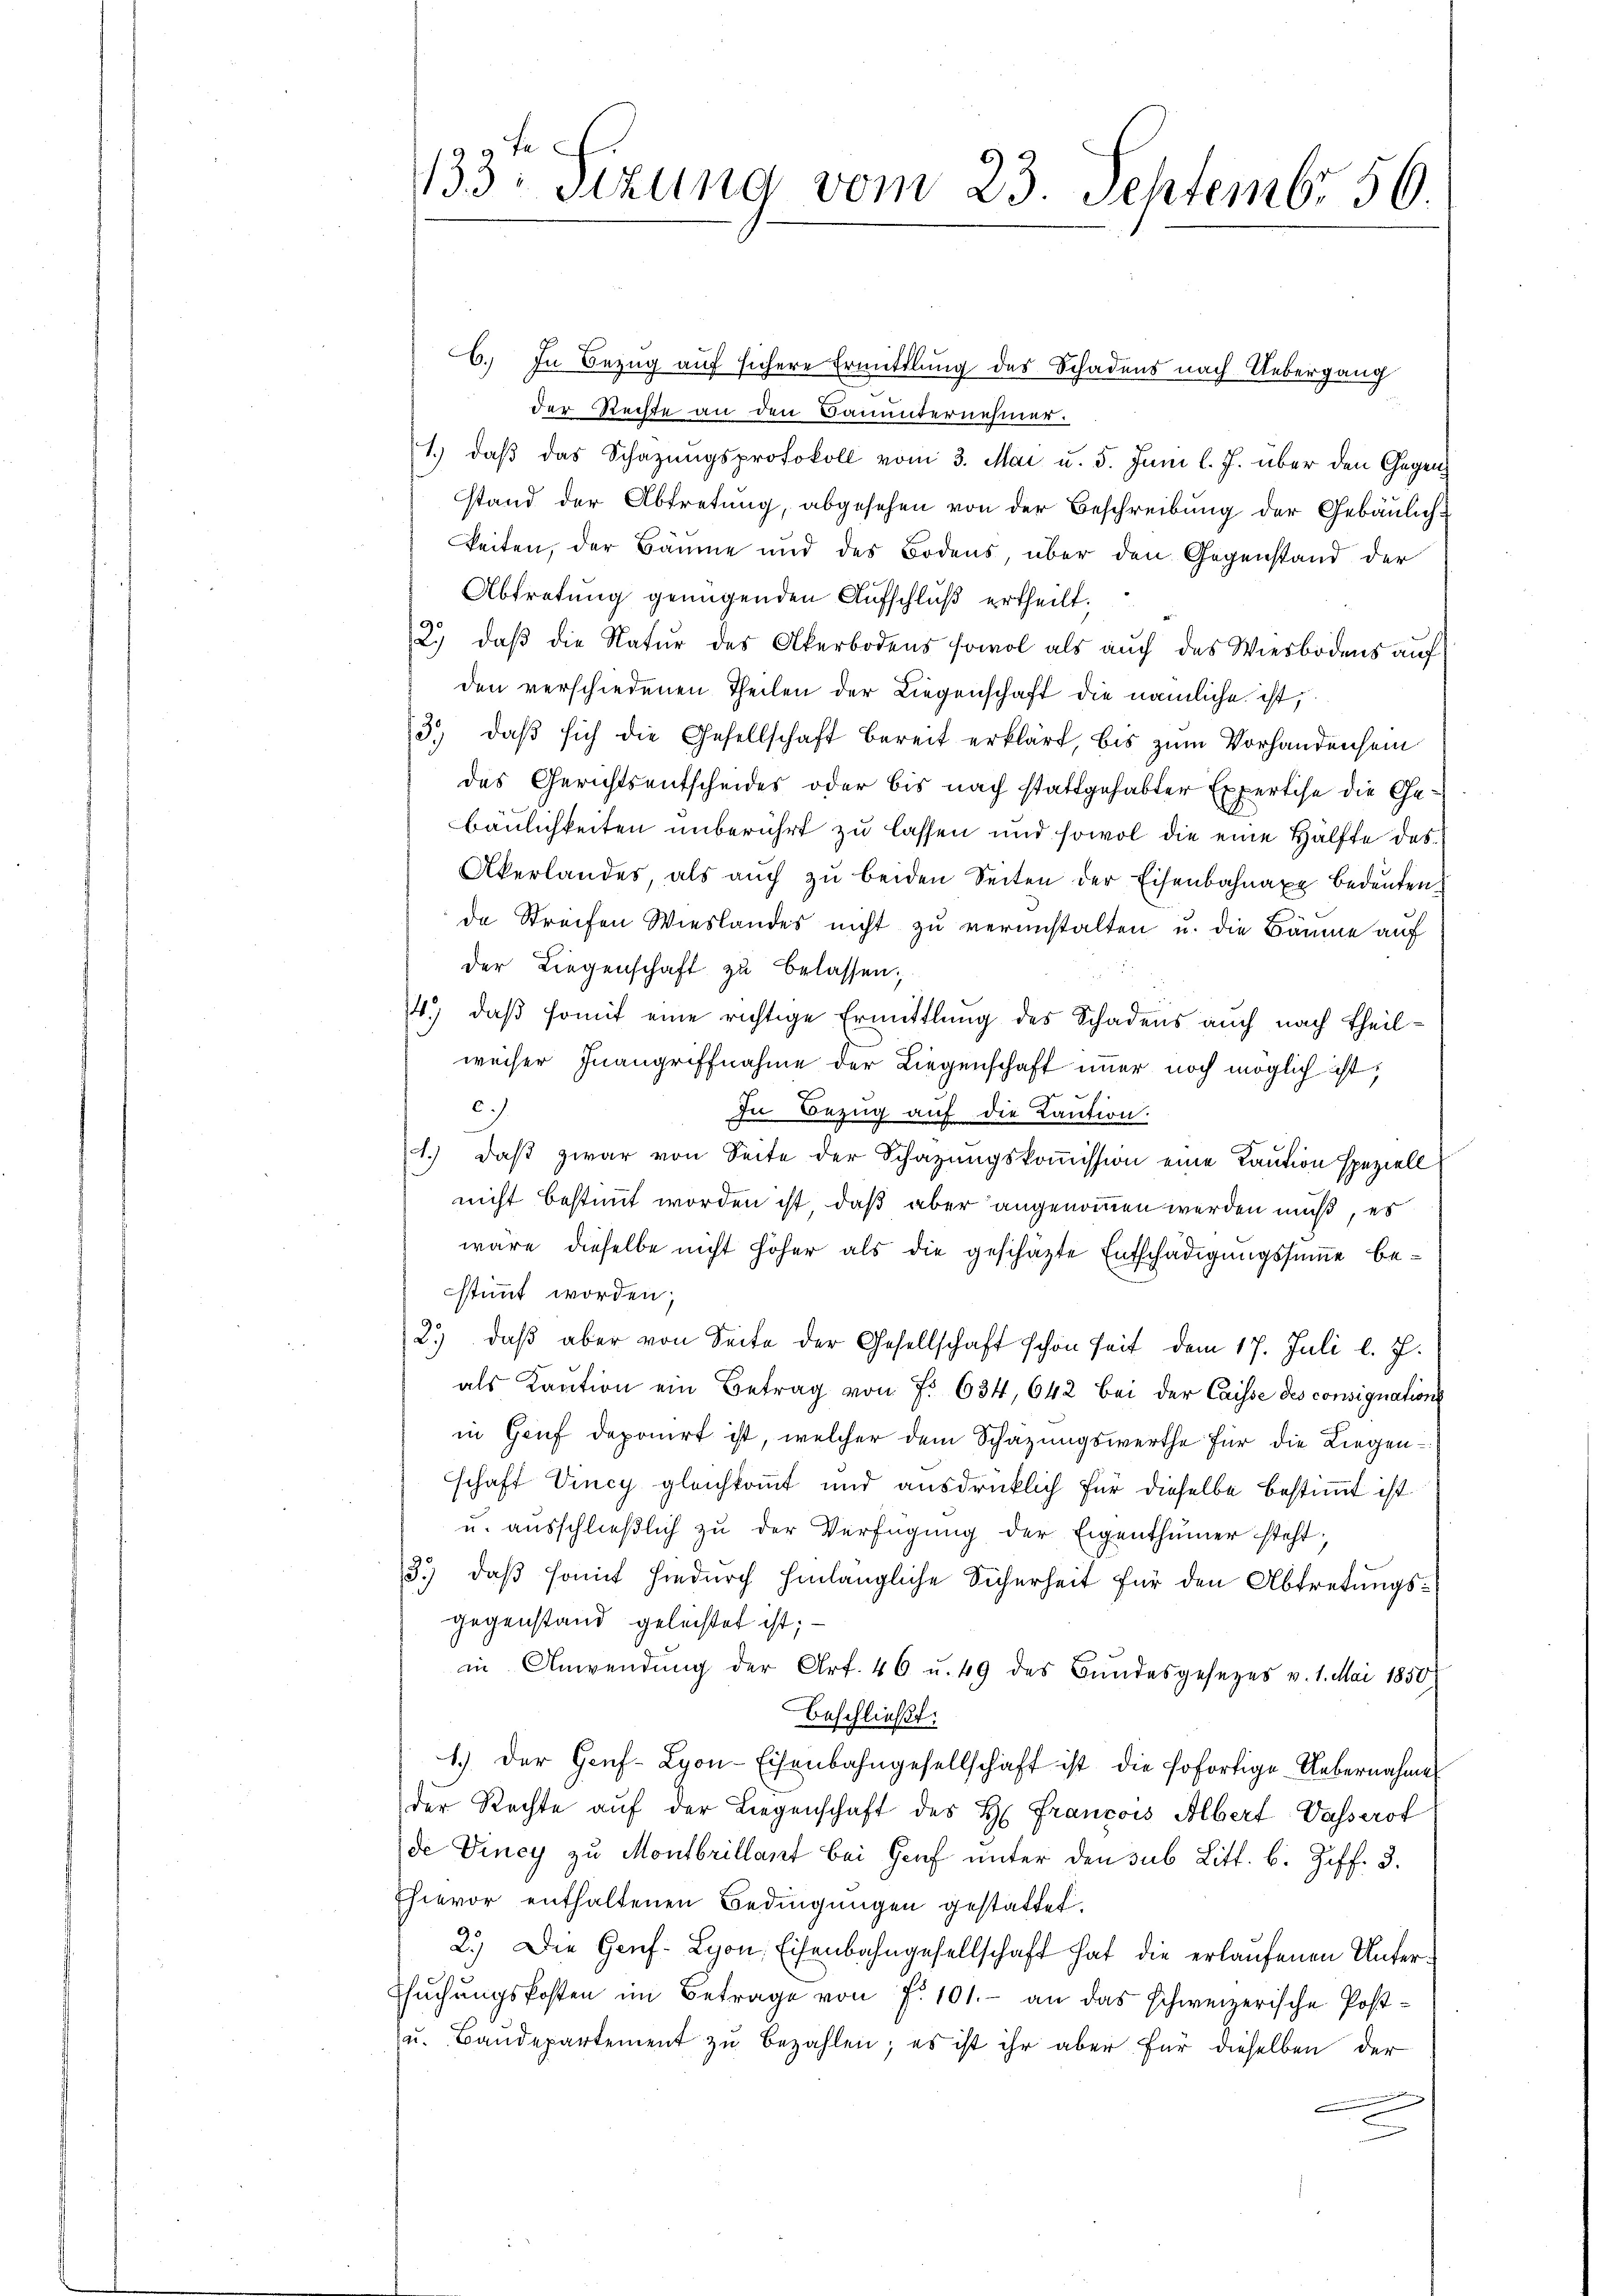
133. Sizung vom 23. Septembr. 56.

C. In Bezug auf sichere Ermittlung des Schadens nach Uebergang
der Rechte an den Bauunternehmer.
1.) daβ das Schazungsprotokoll vom 3. Mai u. 5. Juni l. J. über den Gegenstand der Abtretung, abgesehen von der Beschreibung der Gebäulich-
keiten, der Bäume und des Bodens, über den Gegenstand der
Abtretung genügenden Aufschluß ertheilt.
2. daβ die Natŭr des Akerbodens sowol als aŭch des Wiesbodens aŭf
den verschiedenen Theilen der Liegenschaft die nämliche ist,
3.) daß sich die Gesellschaft bereit erklärt, bis zum Vorhandensein
des Gerichtsentscheides oder bis nach stattgehabter Expertise die Gebäulichkeiten unberührt zu lassen und sowol die eine Hälfte des
Akerlandes, als aŭch zŭ beiden Seiten der Eisenbahnaxe bedeuten
de Streifen Wieslandes nicht zu veranstalten u. die Bäume auf
der Liegenschaft zu belassen,
14.) daß somit eine richtige Ermittlung des Schadens auch nach Theilweiser Inangriffnahme der Liegenschaft immer noch möglich ist,
c.)
In Bezug auf die Caution.
1. daβ zwar von Seite der Schazungskoṁission eine Kaution speziell
nicht bestimmt worden ist, daß aber angenommen werden muß, es
wäre dieselbe nicht höher als die geschäzte Entschädigungssumme be-
stimmt worden;
2.) daß aber von Seite der Gesellschaft schon seit dem 17. Juli l. J.
als Kaution ein Betrag von Fr. 634, 642 bei der Caisse des consignations
in Genf deponirt ist, welcher dem Schätzungswerthe für die Liegenschaft Vincy gleichkommt und ausdrücklich für dieselbe bestimmt ist
u. ausschlieβlich zu der Verfügung der Eigenthümer steht.
3.) daß somit hiedurch hinlängliche Sicherheit für den Abtretungsgegenstand geleistet ist;
in Anwendŭng der Art. 46 u. 49 des Bŭndesgesezes v. 1. Mai 1850
beschließt:
1.) Der Genf-Lyon-Eisenbahngesellschaft ist die sofortige Uebernahme
der Rechte aŭf der Liegenschaft des H. Francois Albert Wasserof
de Viney zu Montbrillant bei Genf unter den sub Litt. b. Ziff. 3.
Ehievor enthaltenen Bedingungen gestattet.
2.) Die Genf- Lyon, Eisenbahngesellschaft hat die erlaufenen Unter
Esŭchŭngskosten im Betrage von f. 101.- an das schweizerische Post-
u. Baŭdepartement zŭ bezahlen; es ist ihr aber für dieselben der
e